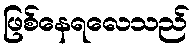
ဖြစ်နေရလေသည်